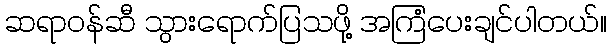
ဆရာဝန်ဆီ သွားရောက်ပြသဖို့ အကြံပေးချင်ပါတယ်။